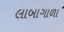
લાબાગાળા